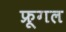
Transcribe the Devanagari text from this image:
फ्रूगल